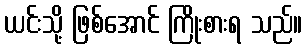
ယင်းသို့ ဖြစ်အောင် ကြိုးစားရ သည်။